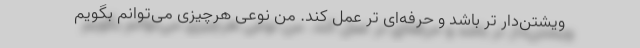
ویشتن‌دار تر باشد و حرفه‌ای تر عمل کند. منِ نوعی هرچیزی می‌توانم بگویم